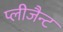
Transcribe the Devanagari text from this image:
प्लीजैन्ट